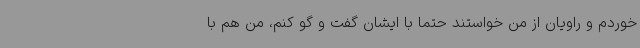
خوردم و راویان از من خواستند حتما با ایشان گفت و گو کنم، من هم با